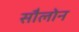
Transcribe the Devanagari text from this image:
सौलोन